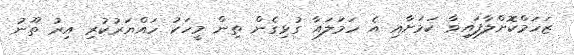
ޒަހަމްކޮށްލާފައިވާ ކަމަށާއި އެ ހަމަލައާ ގުޅިގެން ތިން މީހަކު ހައްޔަރުކުރި އިރު ތޫނު